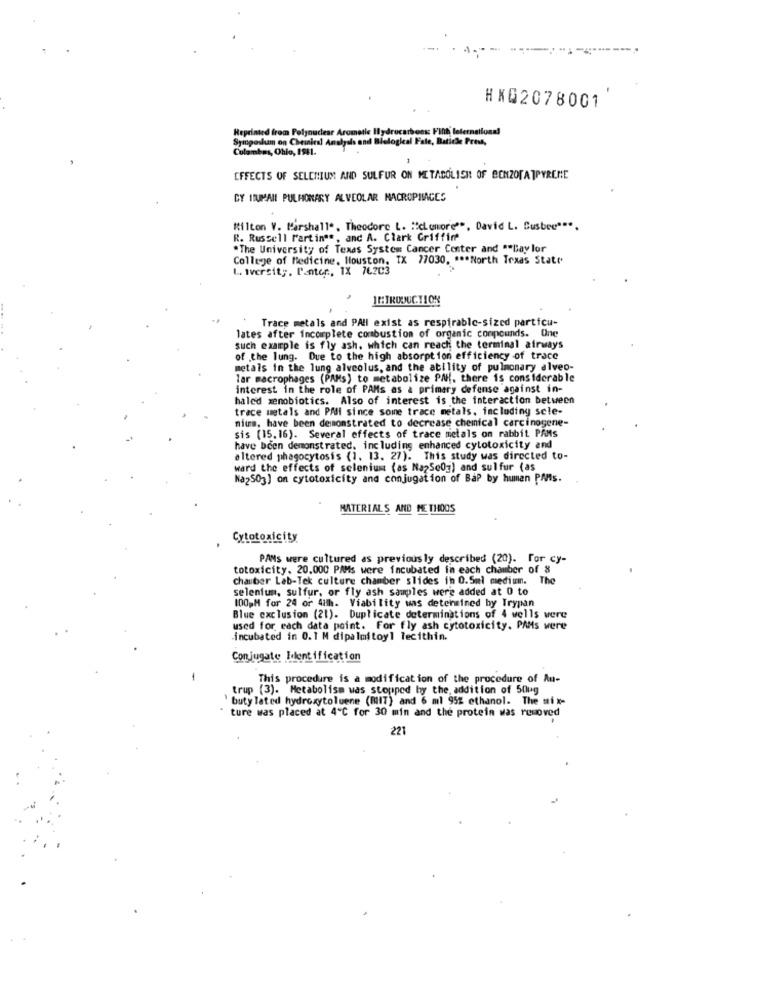
-----
HXG2078001
Reprinted from Pelynuclear Aromatic Hydrocarbons Fifth leterneilona!
Syruposlum on Cheinics! Analysis and Biological Fale, Batiche Prest,
Columbus, Ohio, 1981.
1
EFFECTS OF SELENIUM AND SULFUR ON METABOLISH OF BENZOTATPYRENE
CY HUMAN PULMONARY ALVEOLAR MACROPIMAGES
Milton V. Marshall .. Theodore L. "clemore"", David L. Susbee""".
R. Russell Martina *, and A. Clark Griffin
*The University of Texas System Cancer Center and ** Bay lor
College of Medicine, Houston, TX 77030. *** North Texas State
L. Avercity, Panter, 1X 76203
INTRODUCTION
Trace metals and PAH exist as respirable-sized particu-
lates after incomplete combustion of organic compounds. One
such example is fly ash, which can reach the terminal airways
of the lung. Due to the high absorption efficiency of trace
metals in the lung alveolus, and the ability of pulmonary alveo-
lar macrophages (PAMs) to metabolize PM{, there is considerable
interest in the role of PAMs as a primary defense against in-
haled xenobiotics. Also of interest is the interaction between
trace metals and PAI since some trace metals, including sele-
nimm, have been demonstrated to decrease chemical carcinogene-
sis (15.16). Several effects of trace metals on rabbit PAits
have been demonstrated, including enhanced cytotoxicity and
altered phagocytosis (1. 13. 27). This study was directed to-
ward the effects of selenium (as NapSe0g) and sulfur (as
Na2503) on cytotoxicity and conjugation of BaP by human PAMs.
MATERIALS AND METHODS
Cytotoxicity
PANs were cultured as previously described (20). For cy-
totoxicity. 20.000 PAMs were incubated in each chamber of 8
chauber Lab-Tek culture chamber slides in 0.5ml medium. The
selenium, sulfur, or fly ash samples were added at 0 to
100 M for 24 or 48h. Viability was determined by Trypan
Blue exclusion (21). Duplicate determinations of 4 wells were
used for each data point. For fly ash cytotoxicity. PAMs vere
-incubated in 0.1 M dipalmitoyl lecithin.
Conjugate Identification
-
This procedure is a modification of the procedure of An-
trup (3). Metabolism was stopped by the, addition of 50ug
`buty lated hydroxytoluene (RIIT) and 6 ml 95% ethanol. The mix-
ture was placed at 4℃ for 30 min and the protein was removed
221